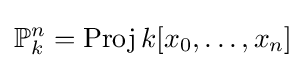
\mathbb {P} _{k}^{n}=\operatorname {Proj} k[x_{0},\ldots ,x_{n}]